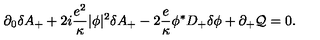
\partial _ { 0 } \delta A _ { + } + 2 i { \frac { e ^ { 2 } } { \kappa } } | \phi | ^ { 2 } \delta A _ { + } - 2 { \frac { e } { \kappa } } \phi ^ { * } D _ { + } \delta \phi + \partial _ { + } { \cal Q } = 0 .